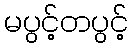
မပွင့်တပွင့်